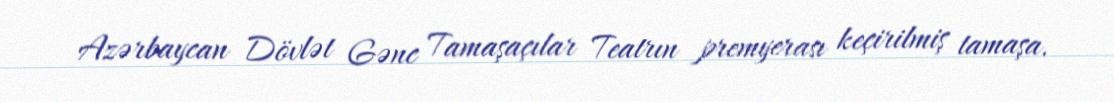
Azərbaycan Dövlət Gənc Tamaşaçılar Teatrın premyerası keçirilmiş tamaşa.